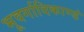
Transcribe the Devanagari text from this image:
भूवर्गादिकाण्डं